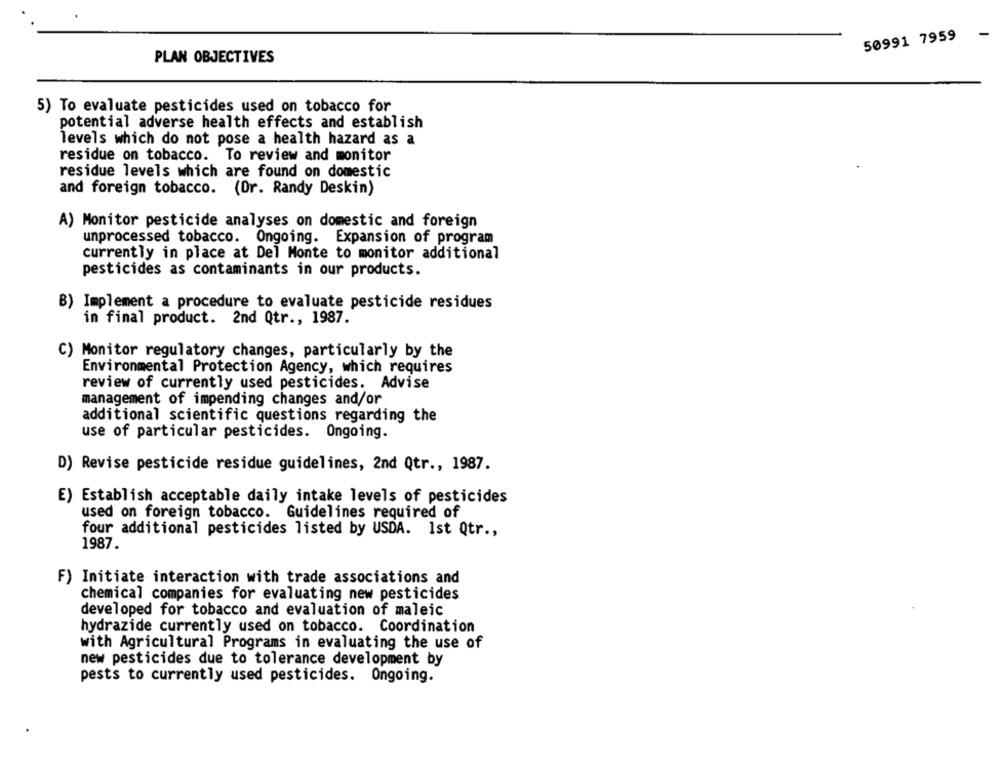
50991 7959
PLAN OBJECTIVES
5) To evaluate pesticides used on tobacco for
potential adverse health effects and establish
levels which do not pose a health hazard as a
residue on tobacco. To review and monitor
residue levels which are found on domestic
and foreign tobacco. (Dr. Randy Deskin)
A) Monitor pesticide analyses on domestic and foreign
unprocessed tobacco. Ongoing. Expansion of program
currently in place at Del Monte to monitor additional
pesticides as contaminants in our products.
B) Implement a procedure to evaluate pesticide residues
in final product. 2nd Qtr ., 1987.
C) Monitor regulatory changes, particularly by the
Environmental Protection Agency, which requires
review of currently used pesticides. Advise
management of impending changes and/or
additional scientific questions regarding the
use of particular pesticides. Ongoing.
D) Revise pesticide residue guidelines, 2nd Qtr ., 1987.
E) Establish acceptable daily intake levels of pesticides
used on foreign tobacco. Guidelines required of
four additional pesticides listed by USDA. 1st Qtr .,
1987.
F) Initiate interaction with trade associations and
chemical companies for evaluating new pesticides
developed for tobacco and evaluation of maleic
hydrazide currently used on tobacco. Coordination
with Agricultural Programs in evaluating the use of
new pesticides due to tolerance development by
pests to currently used pesticides. Ongoing.